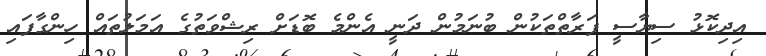
އިދިކޮޅު ސިޔާސީ ފަރާތްތަކުން ބުނަމުން ދަނީ އެންމެ ބޮޑަށް ރިޝްވަތުގެ އަމަލުތައް ހިންގާފައި